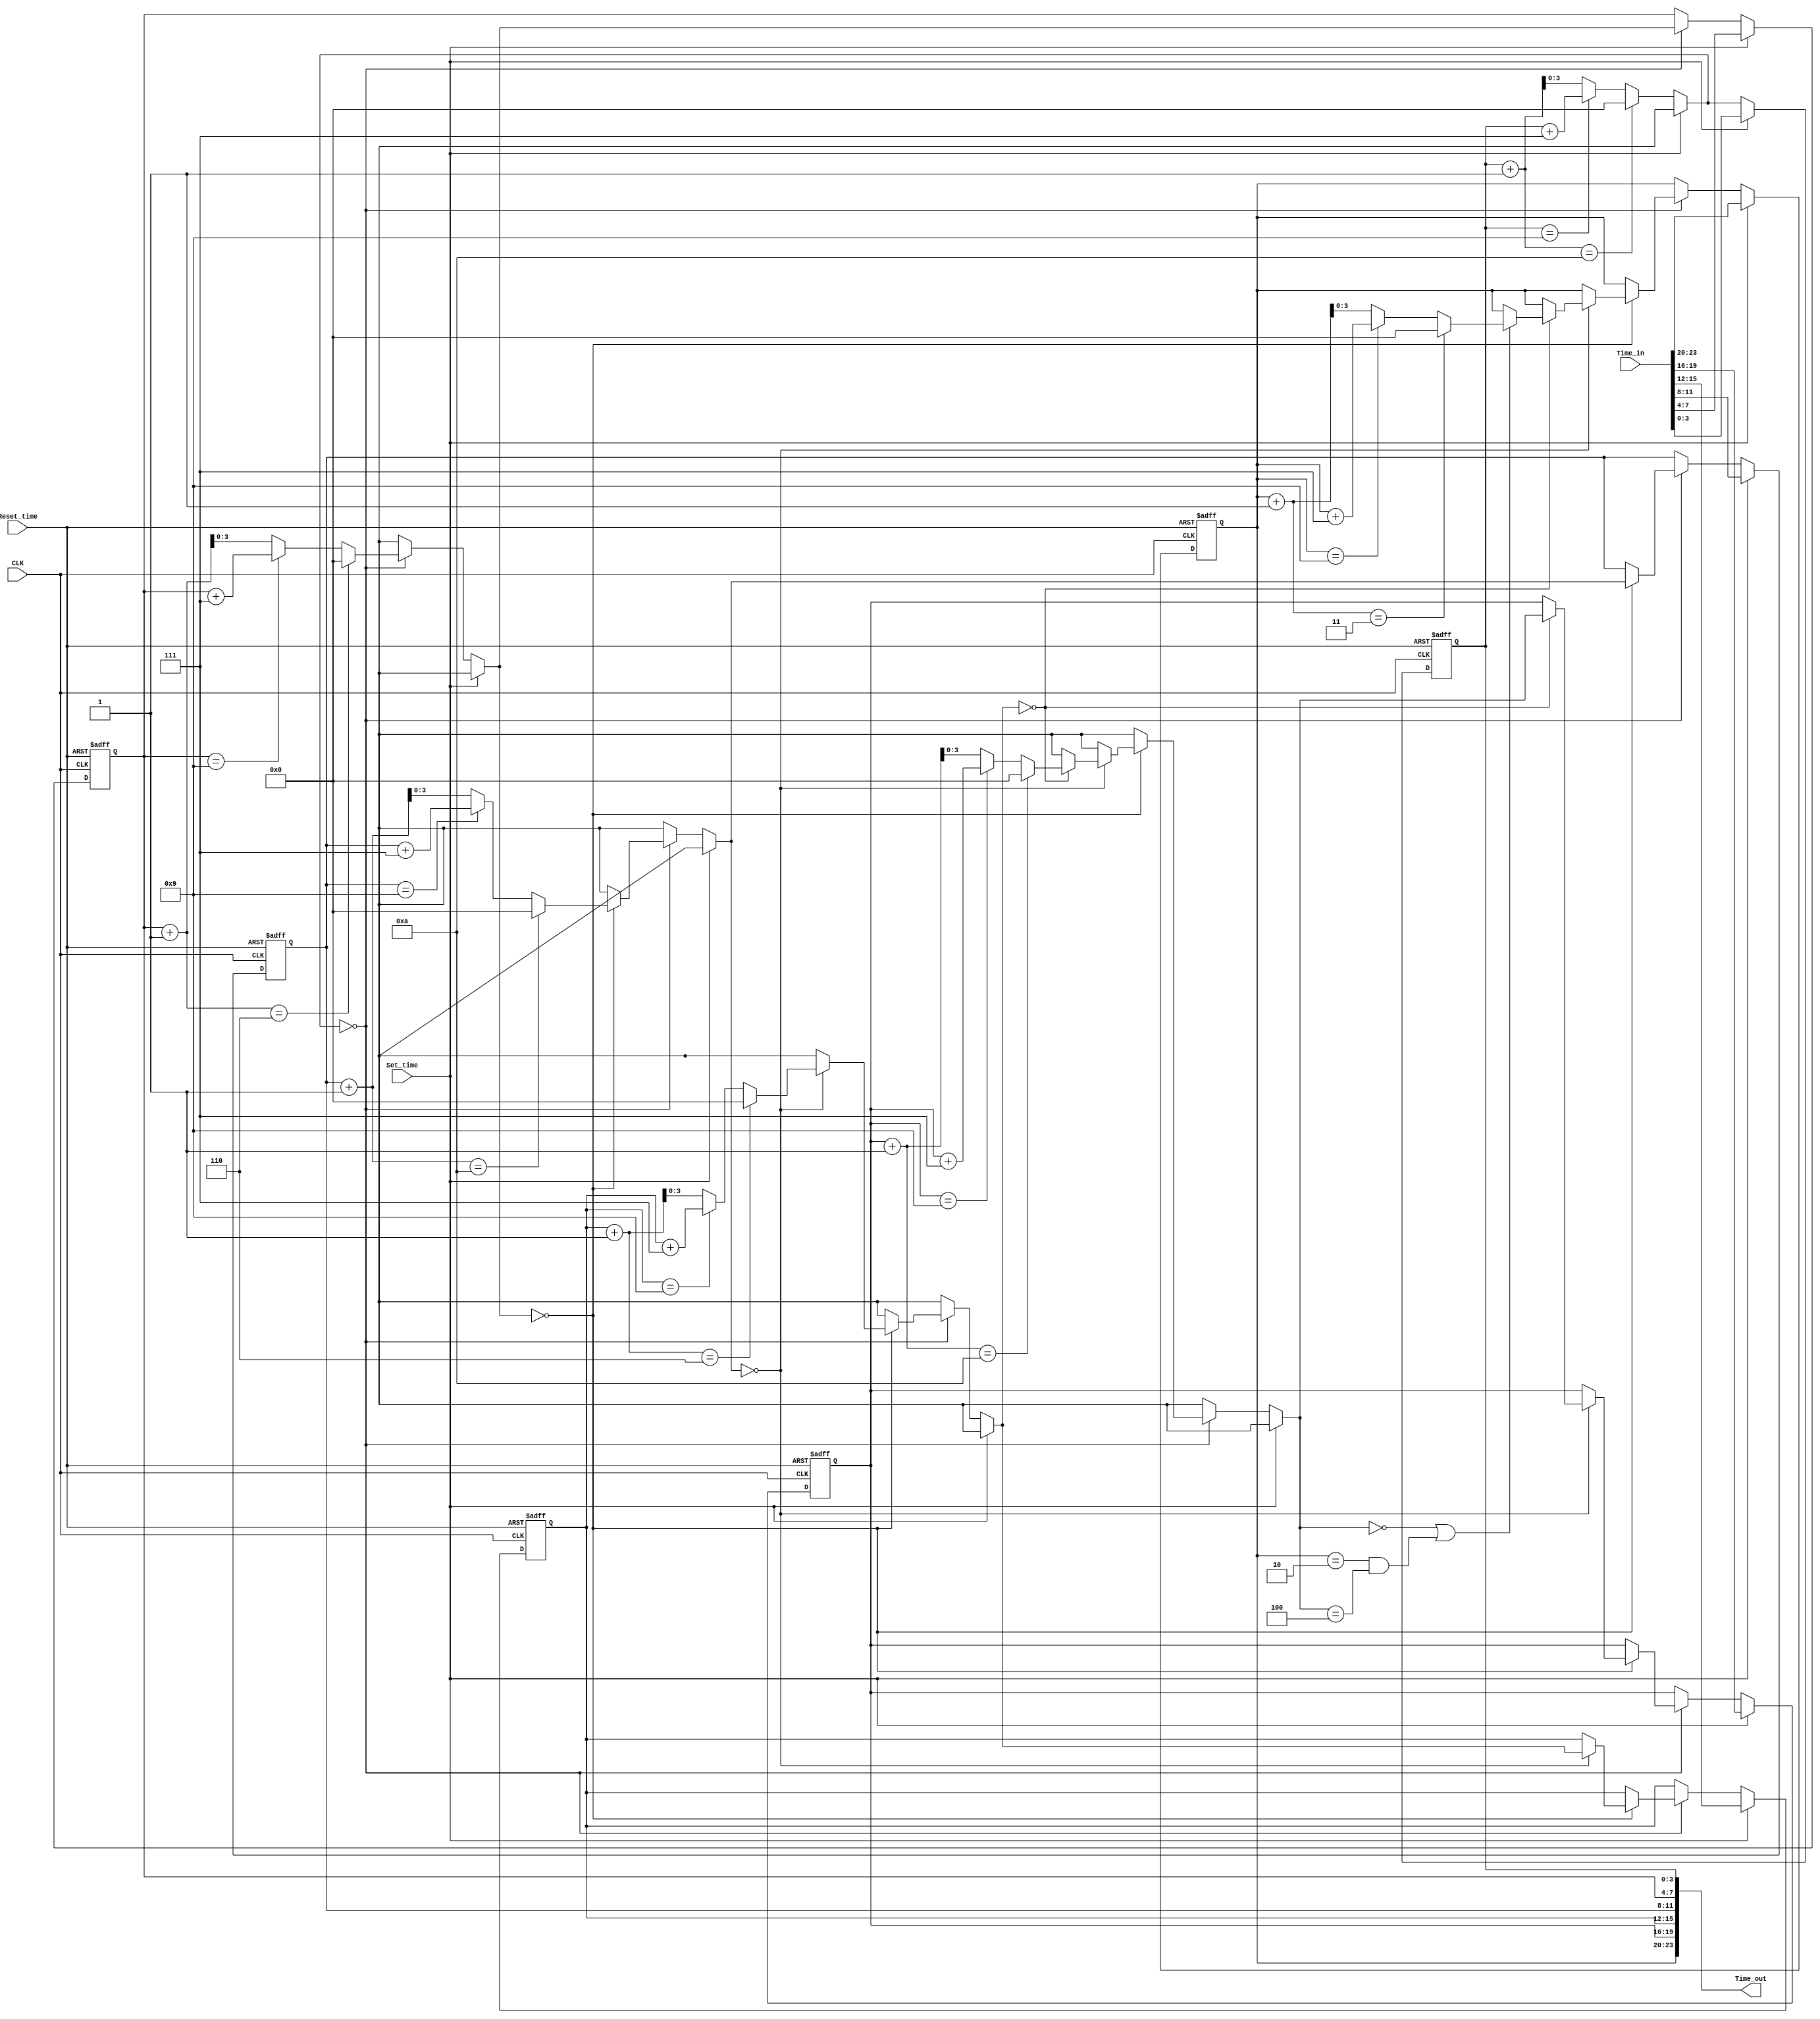
// Clock_24_Hour_behavioral.v

module Clock_24_Hour_behavioral(
    input CLK,
    input Reset_time,
    input Set_time,
    input [23:0] Time_in,
    output reg [23:0] Time_out
);

    // Internal registers to hold the current time
    reg [3:0] seconds_low, seconds_high;
    reg [3:0] minutes_low, minutes_high;
    reg [3:0] hours_low, hours_high;

    // Helper function to increment the BCD-encoded digits
    function [3:0] increment_bcd;
        input [3:0] value;
        input integer modulus;
        begin
            if (value + 1 == modulus) increment_bcd = 0;
            else if (value[3:0] == 9) increment_bcd = value + 7; // Roll over from 9 to 0
            else increment_bcd = value + 1;
        end
    endfunction

    // Always block to handle the time counting
    always @(posedge CLK or posedge Reset_time) begin
        if (Reset_time) begin
            // Reset the time to 00:00:00
            {hours_high, hours_low, minutes_high, minutes_low, seconds_high, seconds_low} <= 24'b0;
        end else if (Set_time) begin
            // Load the input time
            {hours_high, hours_low, minutes_high, minutes_low, seconds_high, seconds_low} <= Time_in;
        end else begin
            // Increment the time
            seconds_low = increment_bcd(seconds_low, 10);
            if (seconds_low == 0) begin
                seconds_high = increment_bcd(seconds_high, 6);
                if (seconds_high == 0) begin
                    minutes_low = increment_bcd(minutes_low, 10);
                    if (minutes_low == 0) begin
                        minutes_high = increment_bcd(minutes_high, 6);
                        if (minutes_high == 0) begin
                            hours_low = increment_bcd(hours_low, 10);
                            if (hours_low == 0 || (hours_high == 2 && hours_low == 4)) begin
                                hours_high = increment_bcd(hours_high, 3);
                            end
                        end
                    end
                end
            end
        end
    end

    // Always block to update the output
    always @(*) begin
        Time_out = {hours_high, hours_low, minutes_high, minutes_low, seconds_high, seconds_low};
    end

endmodule